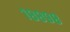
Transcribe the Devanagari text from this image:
१८८९८